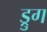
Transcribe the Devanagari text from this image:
ड्रुग